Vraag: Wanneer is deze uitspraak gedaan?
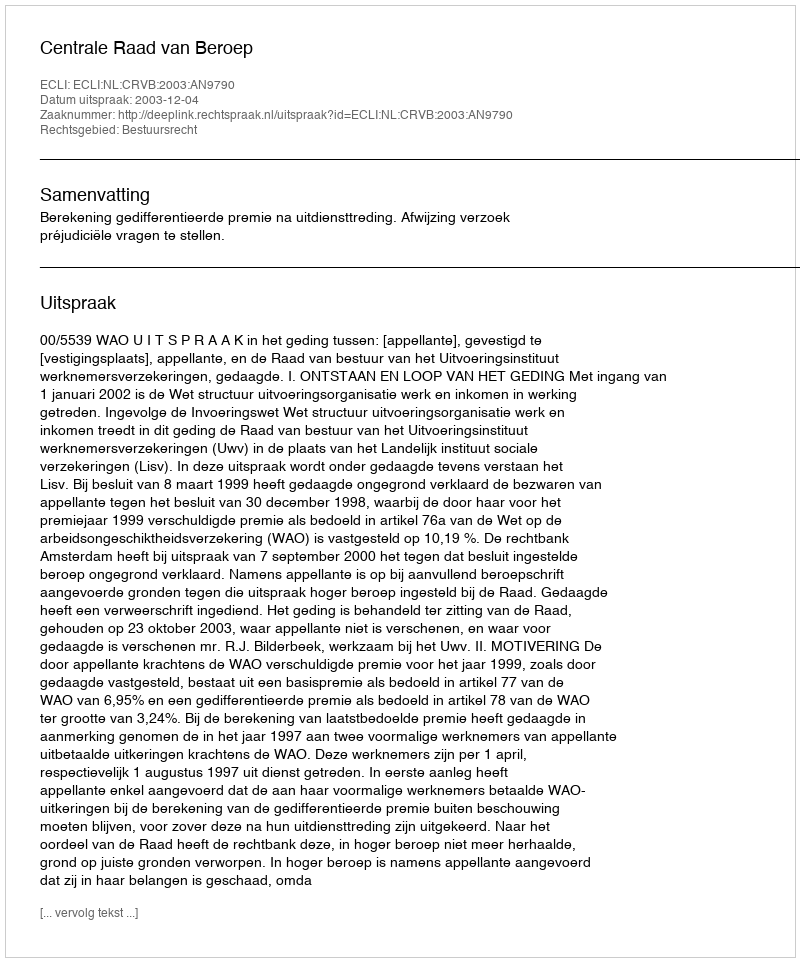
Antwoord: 2003-12-04